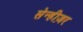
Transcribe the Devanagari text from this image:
सेन्हीज़र